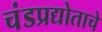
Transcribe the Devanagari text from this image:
चंडप्रद्योताचे